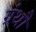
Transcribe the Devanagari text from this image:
ग्रंथौं